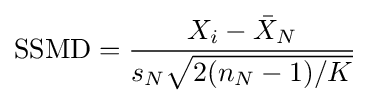
{\text{SSMD}}={\frac {X_{i}-{\bar {X}}_{N}}{s_{N}{\sqrt {2(n_{N}-1)/K}}}}